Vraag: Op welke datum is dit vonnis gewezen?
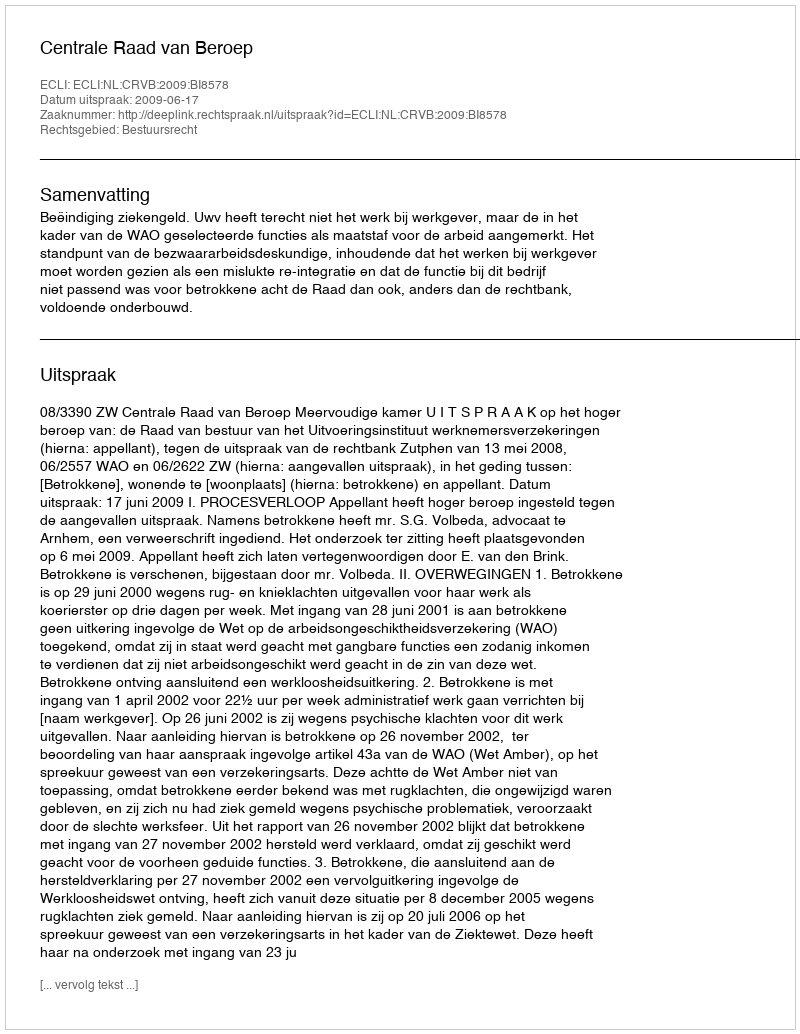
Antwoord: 2009-06-17